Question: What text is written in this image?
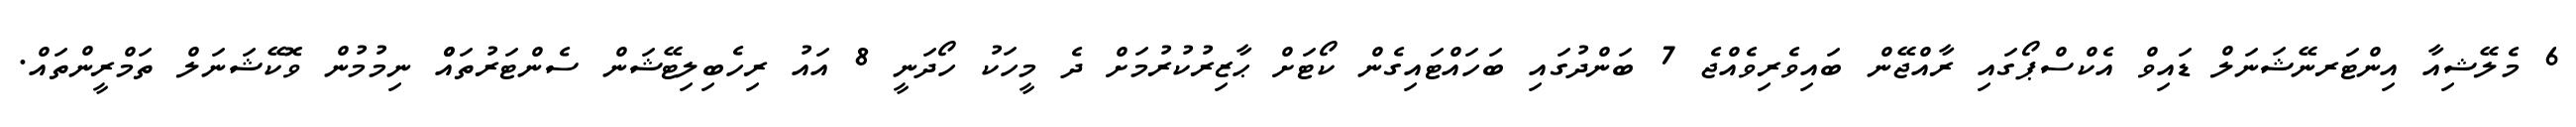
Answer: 6 މެލޭޝިއާ އިންޓަރނޭޝަނަލް ޑައިވް އެކްސްޕޯގައި ރާއްޖޭން ބައިވެރިވެއްޖެ 7 ބަންދުގައި ބަހައްޓައިގެން ކޯޓަށް ޙާޒިރުކުރުމަށް ދެ މީހަކު ހޯދަނީ 8 އައު ރިހެބިލިޓޭޝަން ސެންޓަރުތައްް ނިމުމުން ވޮކޭޝަނަލް ތަމްރީންތައް.